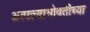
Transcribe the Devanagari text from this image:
आपल्याभोवतीच्या